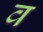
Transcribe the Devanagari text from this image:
व